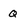
Character: Q